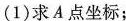
(1)求A点坐标；